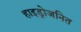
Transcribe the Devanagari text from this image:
हाइड्रोजनित